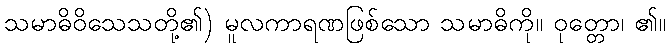
သမာဓိဝိသေသတို့၏) မူလကာရဏဖြစ်သော သမာဓိကို။ ဝုတ္တော၊ ၏။